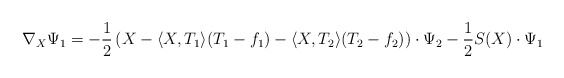
\begin{align*}\nabla_X\Psi_1=-\frac{1}{2}\left(X-\langle X,T_1\rangle (T_1-f_1)-\langle X,T_2\rangle (T_2-f_2)\right)\cdot\Psi_2-\frac{1}{2}S(X)\cdot\Psi_1\end{align*}